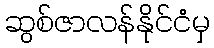
ဆွစ်ဇာလန်နိုင်ငံမှ